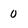
Character: 0